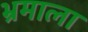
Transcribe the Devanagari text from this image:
भ्रमाला